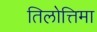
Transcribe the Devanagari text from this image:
तिलोत्तिमा